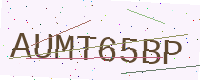
Text: AUMT65BP